system: You are a helpful assistant.
user:
Analyze the provided spectrum to determine if it is a **"Cataclysmic Variables (CV)"**.

- **Key Indicators for CV (Check for either state):**
    - **State 1: Quiescent / Low-State (Emission-Dominated)**
        - **(Primary):** Strong and *very broad* Hydrogen Balmer emission lines (e.g., $H\alpha$ at 6563 Å, $H\beta$ at 4861 Å). The 'broadness' (high velocity dispersion, often FWHM > 1000 km/s) is the key diagnostic, indicating a high-velocity accretion disk.
        - **(Secondary):** Broad neutral Helium (He I) emission lines (e.g., 5876 Å, 6678 Å).
        - **(Key Confirmation):** Presence of high-excitation *ionized* Helium (He II) emission at 4686 Å. This is a strong indicator of accretion onto a white dwarf.
        - **(Line Profile):** Emission lines may exhibit a 'double-peaked' profile, which is a classic signature of a rotating accretion disk viewed at high inclination.

    - **State 2: Outburst / High-State (Absorption-Dominated)**
        - **(Primary):** Spectrum is dominated by a bright, blue continuum (looks like a hot star).
        - **(Secondary):** The emission lines from State 1 are weak, absent, or 'filled in', and are replaced by broad, shallow *absorption* lines (primarily Balmer and He I).
        - **(Morphology):** The overall spectrum mimics a hot B/A-type star. The crucial difference is that the absorption lines are significantly broader, shallower, and more 'washed-out' (or 'smeared') than the sharp lines of a normal stellar photosphere, due to high rotational speeds and pressure broadening in the disk.

Think first, call **spectral_visualization_tool** if needed to examine features in detail, then provide your final answer. Your response must adhere to the following strict rules:
1.  **Overall Structure:** Your response must follow the format `<think>...</think> <tool_call>...</tool_call> (if a tool is used) <answer>...</answer>`.
2.  **Tool Usage Constraint:** You may only make **one** tool call per turn.
3.  **Final Answer Format:** In the `<answer>` tag, your conclusion must be inside a `\boxed{}` command (e.g., `\boxed{YES}`), followed by your justification.

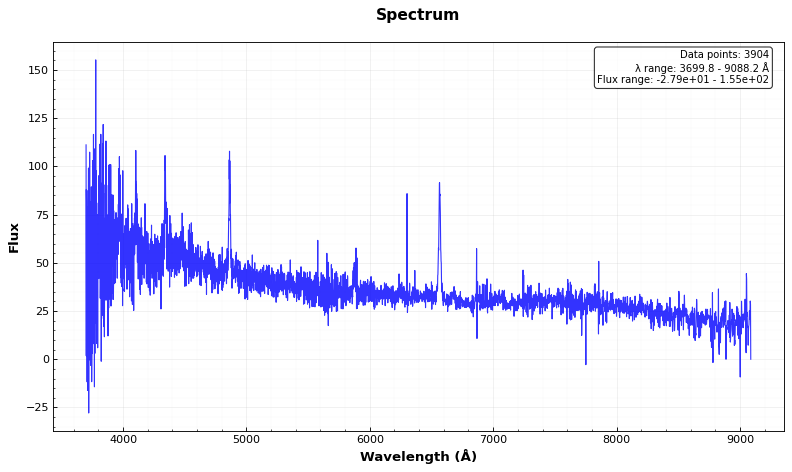
Answer: YES